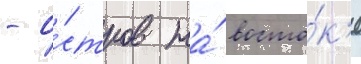
- о́стров на́ восто́к'е